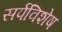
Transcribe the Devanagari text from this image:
सर्पविशेष